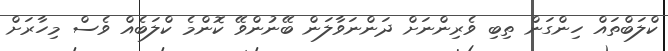
ކްލަބްތައް ހިންގަން ތިބި ވެރިންނަށް ދަންނަވާލަން ބޭނުންވޭ ކޮންމެ ކްލަބެއް ވެސް މިހާރަށް